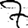
Digit: 7